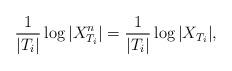
LaTeX: \begin{align*} \frac{1}{|T_i|}\log|X^n_{T_i}| = \frac{1}{|T_i|}\log|X_{T_i}|,\end{align*}